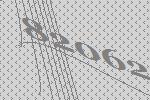
82062